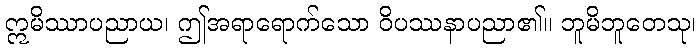
ဣမိဿာပညာယ၊ ဤအရာရောက်သော ဝိပဿနာပညာ၏။ ဘူမိဘူတေသု၊